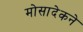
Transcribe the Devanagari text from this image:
मोसादेकने